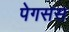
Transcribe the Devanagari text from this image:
पेगसस